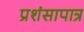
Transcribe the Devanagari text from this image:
प्रशंसापात्र